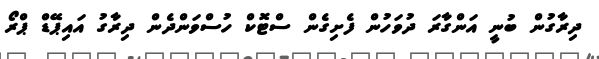
ދިރާގުން ބުނީ އަންގާރަ ދުވަހުން ފެށިގެން ސްޓޮކް ހުސްވަންދެން ދިރާގު އައިޕޭޑް ޕްރޯ